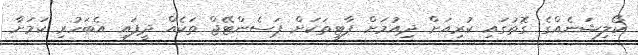
ކޯލިޝަނެއްގެ ގޮތުގައި ކުރިއަށް ދިއުމަށް ޕާޓީތަކަށް ޕަސެންޓޭޖް ތަކެއް ދީފައި އެބަހުރި ކަމަށާ